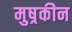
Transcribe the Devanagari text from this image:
मुष्रकीन